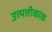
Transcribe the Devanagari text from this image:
उत्पत्तीकाळ